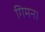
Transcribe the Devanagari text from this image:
गिमन।